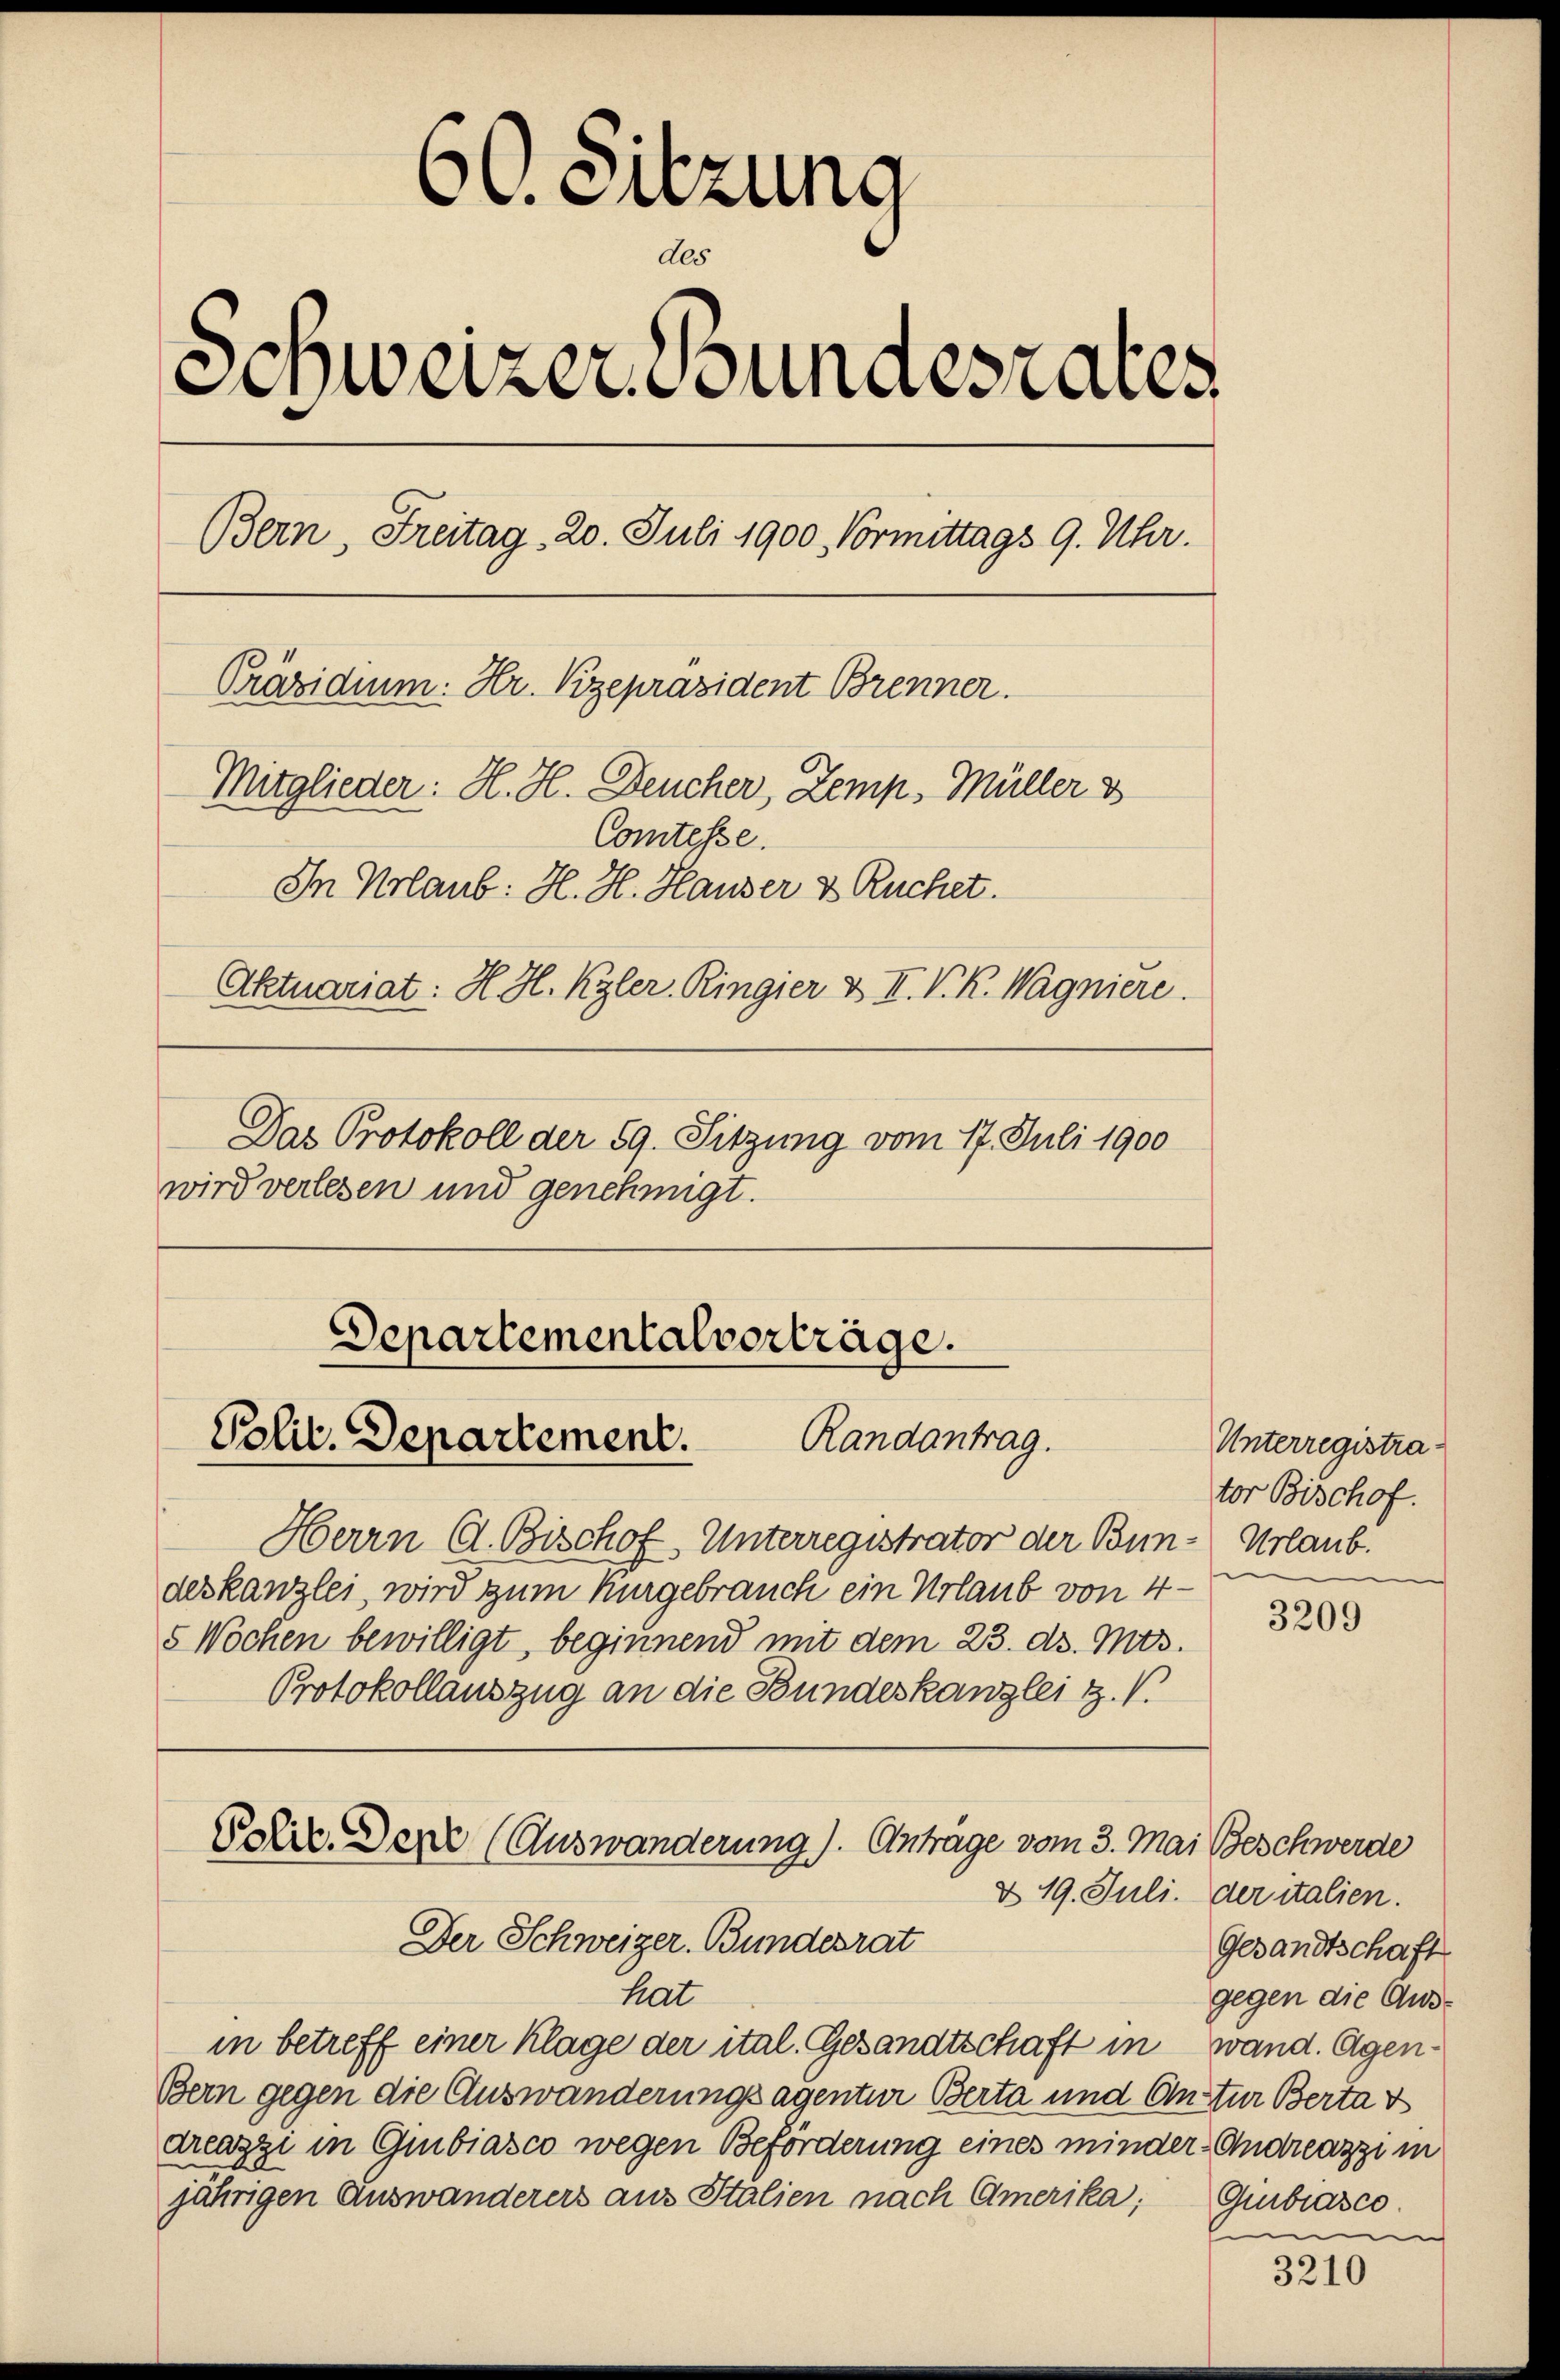
60. Sitzung
des
Schweizer. Bundesrates.
Bern, Freitag. 20. Juli 1900. Vormittags 9. Uhr.
Präsidium: Hr. Vizepräsident Brenner.
Mitglieder: H. H. Deucher, Zemp. Müller 3
Comtesse.
In Urlaub: H. H. Hauser & Ruchet.
Aktuariat: H. H. Kgler. Ringier & II. V. K. Wagniere.
Das Protokoll der 59. Sitzung vom 17. Juli 1900
wird verlesen und genehmigt.

Departementalverträge.
Polit. Departement.
Randantrag.

Herrn C. Bischof, Unterregistrator der Bun-Urlaub.
deskanzlei, wird zum Kurgebrauch ein Urlaub von 4 -
5 Wochen bewilligt, beginnend mit dem 23. d. Mts.
Protokollauszug an die Bundeskanzlei Z. V.
Polic. Derre (Auswanderung). Anträge vom 3. Mai Beschwerde
d 19. Juli der italien.
Der Schweizer. Bundesrat
hat
in betreff einer Klage der ital. Gesandtschaft in wand. Agen¬
Bern gegen die Auswanderungsagentur Berta und Anster Bertat
dreazzi in Giubiasco wegen Beförderung eines minder Andreazzi m
jährigen Auswanderers aus Italien nach Amerika,

Unterregistrator Bischof.

3209

Gesandtschaft
gegen die Aus¬
Gmbiasco
m

3210